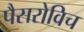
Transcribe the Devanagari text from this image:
पैसरोविच